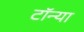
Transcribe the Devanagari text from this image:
टॉन्या